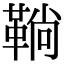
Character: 鞝